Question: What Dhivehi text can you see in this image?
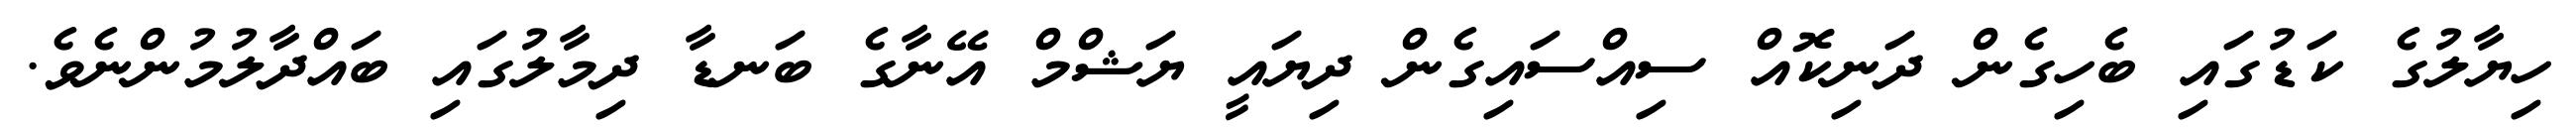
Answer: ހިޔާލުގެ ކަޑުގައި ބެހިގެން ދަނިކޮއް ސިއްސައިގެން ދިޔައީ ޔަޝްމް އޭނާގެ ބަނޑާ ދިމާލުގައި ބައްދާލުމުންނެވެ.